Indian Medical Review
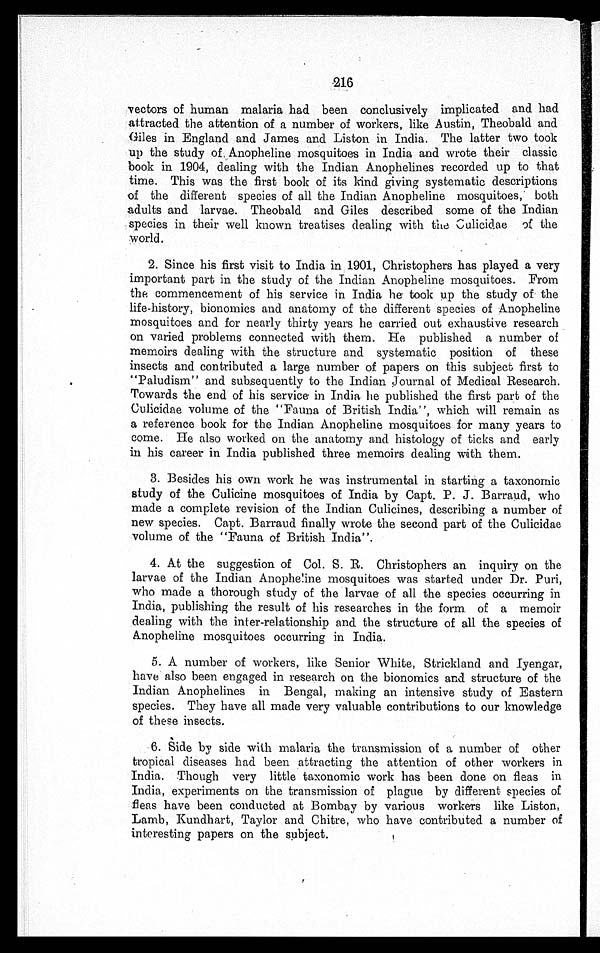
216
vectors of human malaria had been conclusively implicated and had
attracted the attention of a number of workers, like Austin, Theobald and
Giles in England and James and Liston in India. The latter two took
up the study of Anopheline mosquitoes in India and wrote their classic
book in 1904, dealing with the Indian Anophelines recorded up to that
time. This was the first book of its kind giving systematic descriptions
of the different species of all the Indian Anopheline mosquitoes, both
adults and larvae. Theobald and Giles described some of the Indian
species in their well known treatises dealing with the Culicidae of the
world.
2. Since his first visit to India in 1901, Christophers has played a very
important part in the study of the Indian Anopheline mosquitoes. From
the commencement of his service in India he took up the study of the
life-history, bionomics and anatomy of the different species of Anopheline
mosquitoes and for nearly thirty years he carried out exhaustive research
on varied problems connected with them. He published a number of
memoirs dealing with the structure and systematic position of these
insects and contributed a large number of papers on this subject first to
"Paludism" and subsequently to the Indian journal of Medical Research.
Towards the end of his service in India he published the first part of the
Culicidae volume of the "Fauna of British India", which will remain as
a reference book for the Indian Anopheline mosquitoes for many years to
come. He also worked on the anatomy and histology of ticks and early
in his career in India published three memoirs dealing with them.
3. Besides his own work he was instrumental in starting a taxonomic
study of the Culicine mosquitoes of India by Capt. P. J. Barraud, who
made a complete revision of the Indian Culicines, describing a number of
new species. Capt. Barraud finally wrote the second part of the Culicidae
volume of the "Fauna of British India".
4. At the suggestion of Col. S. R. Christophers an inquiry on the
larvae of the Indian Anopheline mosquitoes was started under Dr. Puri,
who made a thorough study of the larvae of all the species occurring in
India, publishing the result of his researches in the form of a memoir
dealing with the inter-relationship and the structure of all the species of
Anopheline mosquitoes occurring in India.
5. A number of workers, like Senior White, Strickland and Iyengar,
have also been engaged in research on the bionomics and structure of the
Indian Anophelines in Bengal, making an intensive study of Eastern
species. They have all made very valuable contributions to our knowledge
of these insects.
6.
Side by side with malaria the transmission of a number of other
tropical diseases had been attracting the attention of other workers in
India. Though very little taxonomic work has been done on fleas in
India, experiments on the transmission of plague by different species of
fleas have been conducted at Bombay by various workers like Liston,
Lamb, Kundhart, Taylor and Chitre, who have contributed a number of
interesting papers on the subject.